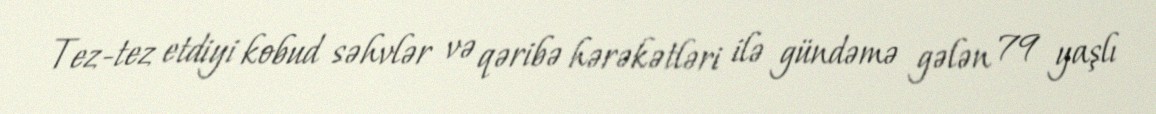
Tez-tez etdiyi kobud səhvlər və qəribə hərəkətləri ilə gündəmə gələn 79 yaşlı